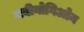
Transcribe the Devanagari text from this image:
मबीनोगिओन